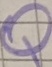
Text: Q